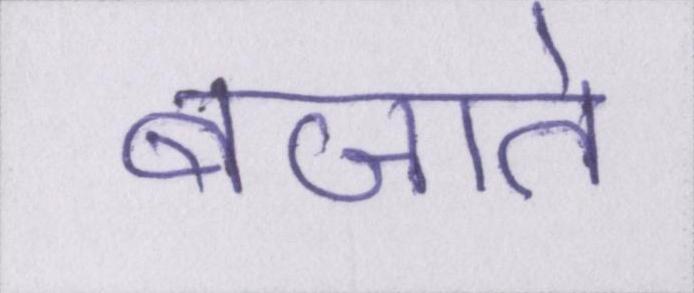
बजाते